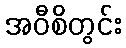
အဝီစိတွင်း